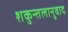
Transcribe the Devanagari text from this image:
शकुन्तलानुवाद